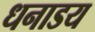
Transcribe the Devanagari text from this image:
धनाडय